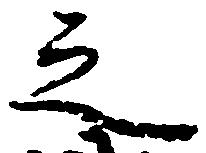
之